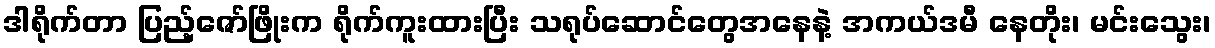
ဒါရိုက်တာ ပြည့်ဇော်ဖြိုးက ရိုက်ကူးထားပြီး သရုပ်ဆောင်တွေအနေနဲ့ အကယ်ဒမီ နေတိုး၊ မင်းသွေး၊